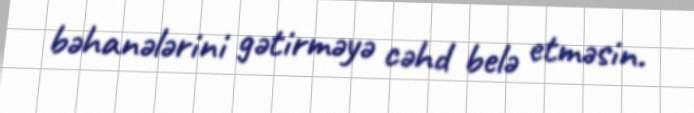
bəhanələrini gətirməyə cəhd belə etməsin.